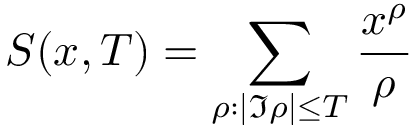
\quad S ( x , T ) = \sum _ { \rho : | \Im \rho | \leq T } { \frac { x ^ { \rho } } { \rho } }